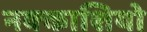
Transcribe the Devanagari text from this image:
नक्‍काशियो